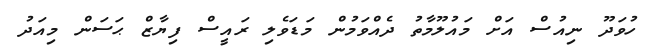
ހުވަދޫ ނިއުސް އަށް މައުލޫމާތު ދެއްވަމުން މަޑަވެލި ރައީސް ފިޔާޒް ޙަސަން މިއަދު